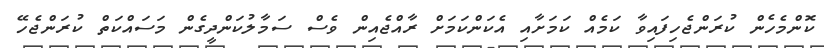
ކޮންމެހެން ކުރަންޖެހިފައިވާ ކަމެއް ކަމަށާއި އެކަންކަމަށް ރާއްޖެއިން ވެސް ސަމާލުކަންދީގެން މަސައްކަތް ކުރަންޖެހޭ